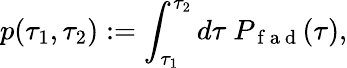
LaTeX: p(\tau_{1},\tau_{2}):=\int_{\tau_{1}}^{\tau_{2}}d\tau~P_{\mathrm{~f~a~d~}}(\tau),